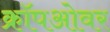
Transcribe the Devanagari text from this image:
क्रॉपओवर